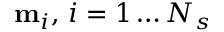
\mathbf { m } _ { i } , \, i = 1 \dots N _ { s }